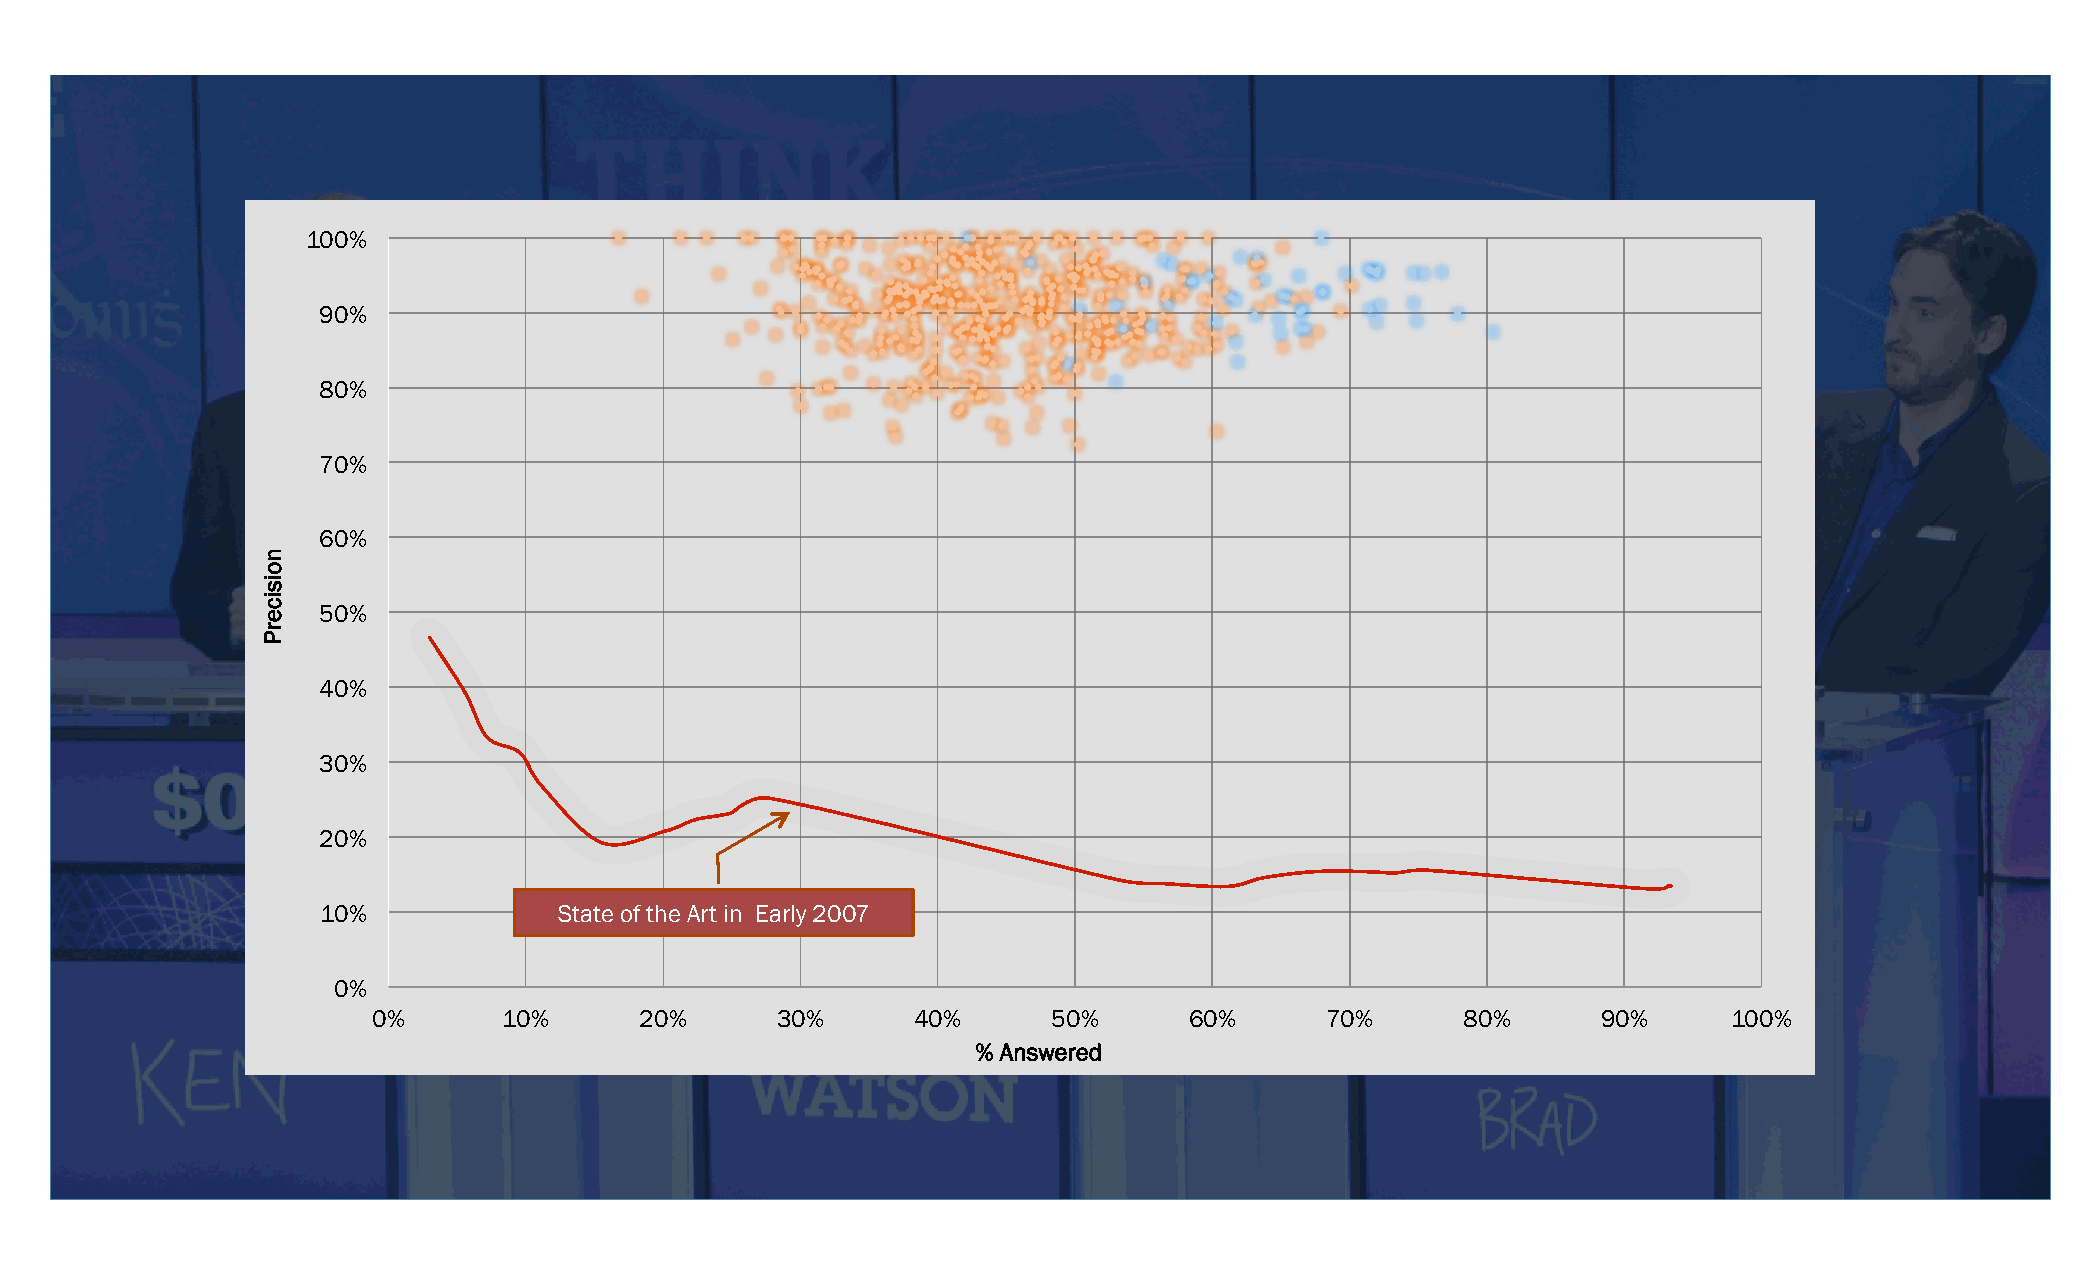
100%
 90%
 80%
 70%
 60%
 50%
 40%
 30%
 20%
 10%             State of the Art in Early 2007
 0%
 0%      10%      20%      30%       40%      50%      60%      70%      80%      90%      100%
 % Answered
 noisicerP